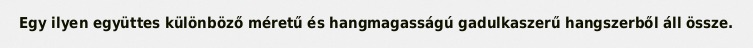
Egy ilyen együttes különböző méretű és hangmagasságú gadulkaszerű hangszerből áll össze.